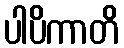
ပါပိကာတိ